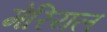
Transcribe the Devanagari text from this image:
मेरियल